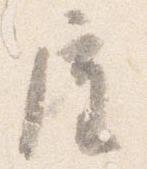
屋